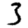
Digit: 3